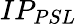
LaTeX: IP_{PSL}